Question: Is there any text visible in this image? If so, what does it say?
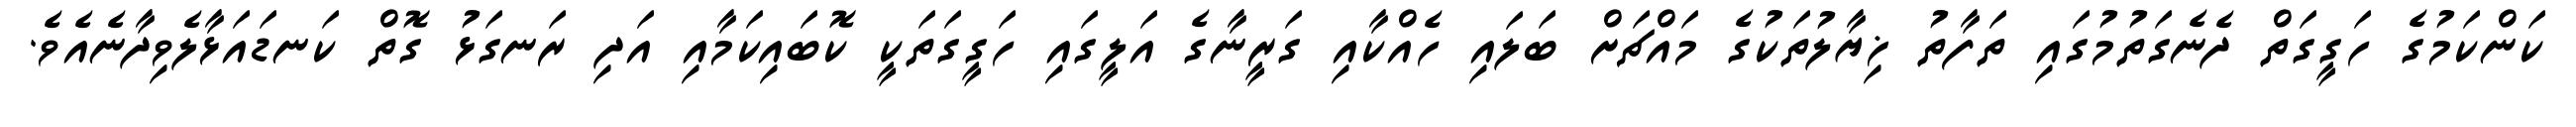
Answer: ކަންކަމުގެ ހަގީގަތް ދެނެގަތުމުގައި ތަފާތު ޚިޔާލުތަކުގެ މައްޗަށް ބަލައި ހެއްކާއި ގަރީނާގެ އަލީގައި ހަގީގަތަކީ ކޮބައިކަމާއި އަދި ރަނގަޅު ގޮތް ކަނޑައަޅާލެވިދާނެއެވެ.